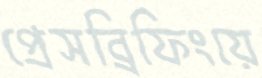
প্রেসব্রিফিংয়ে